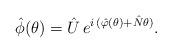
LaTeX: \begin{align*}\hat{\phi} ( \theta )=\hat{U} \,e^{ i \, ( \hat{\varphi} ( \theta ) + \hat{N} \theta ) }.\end{align*}